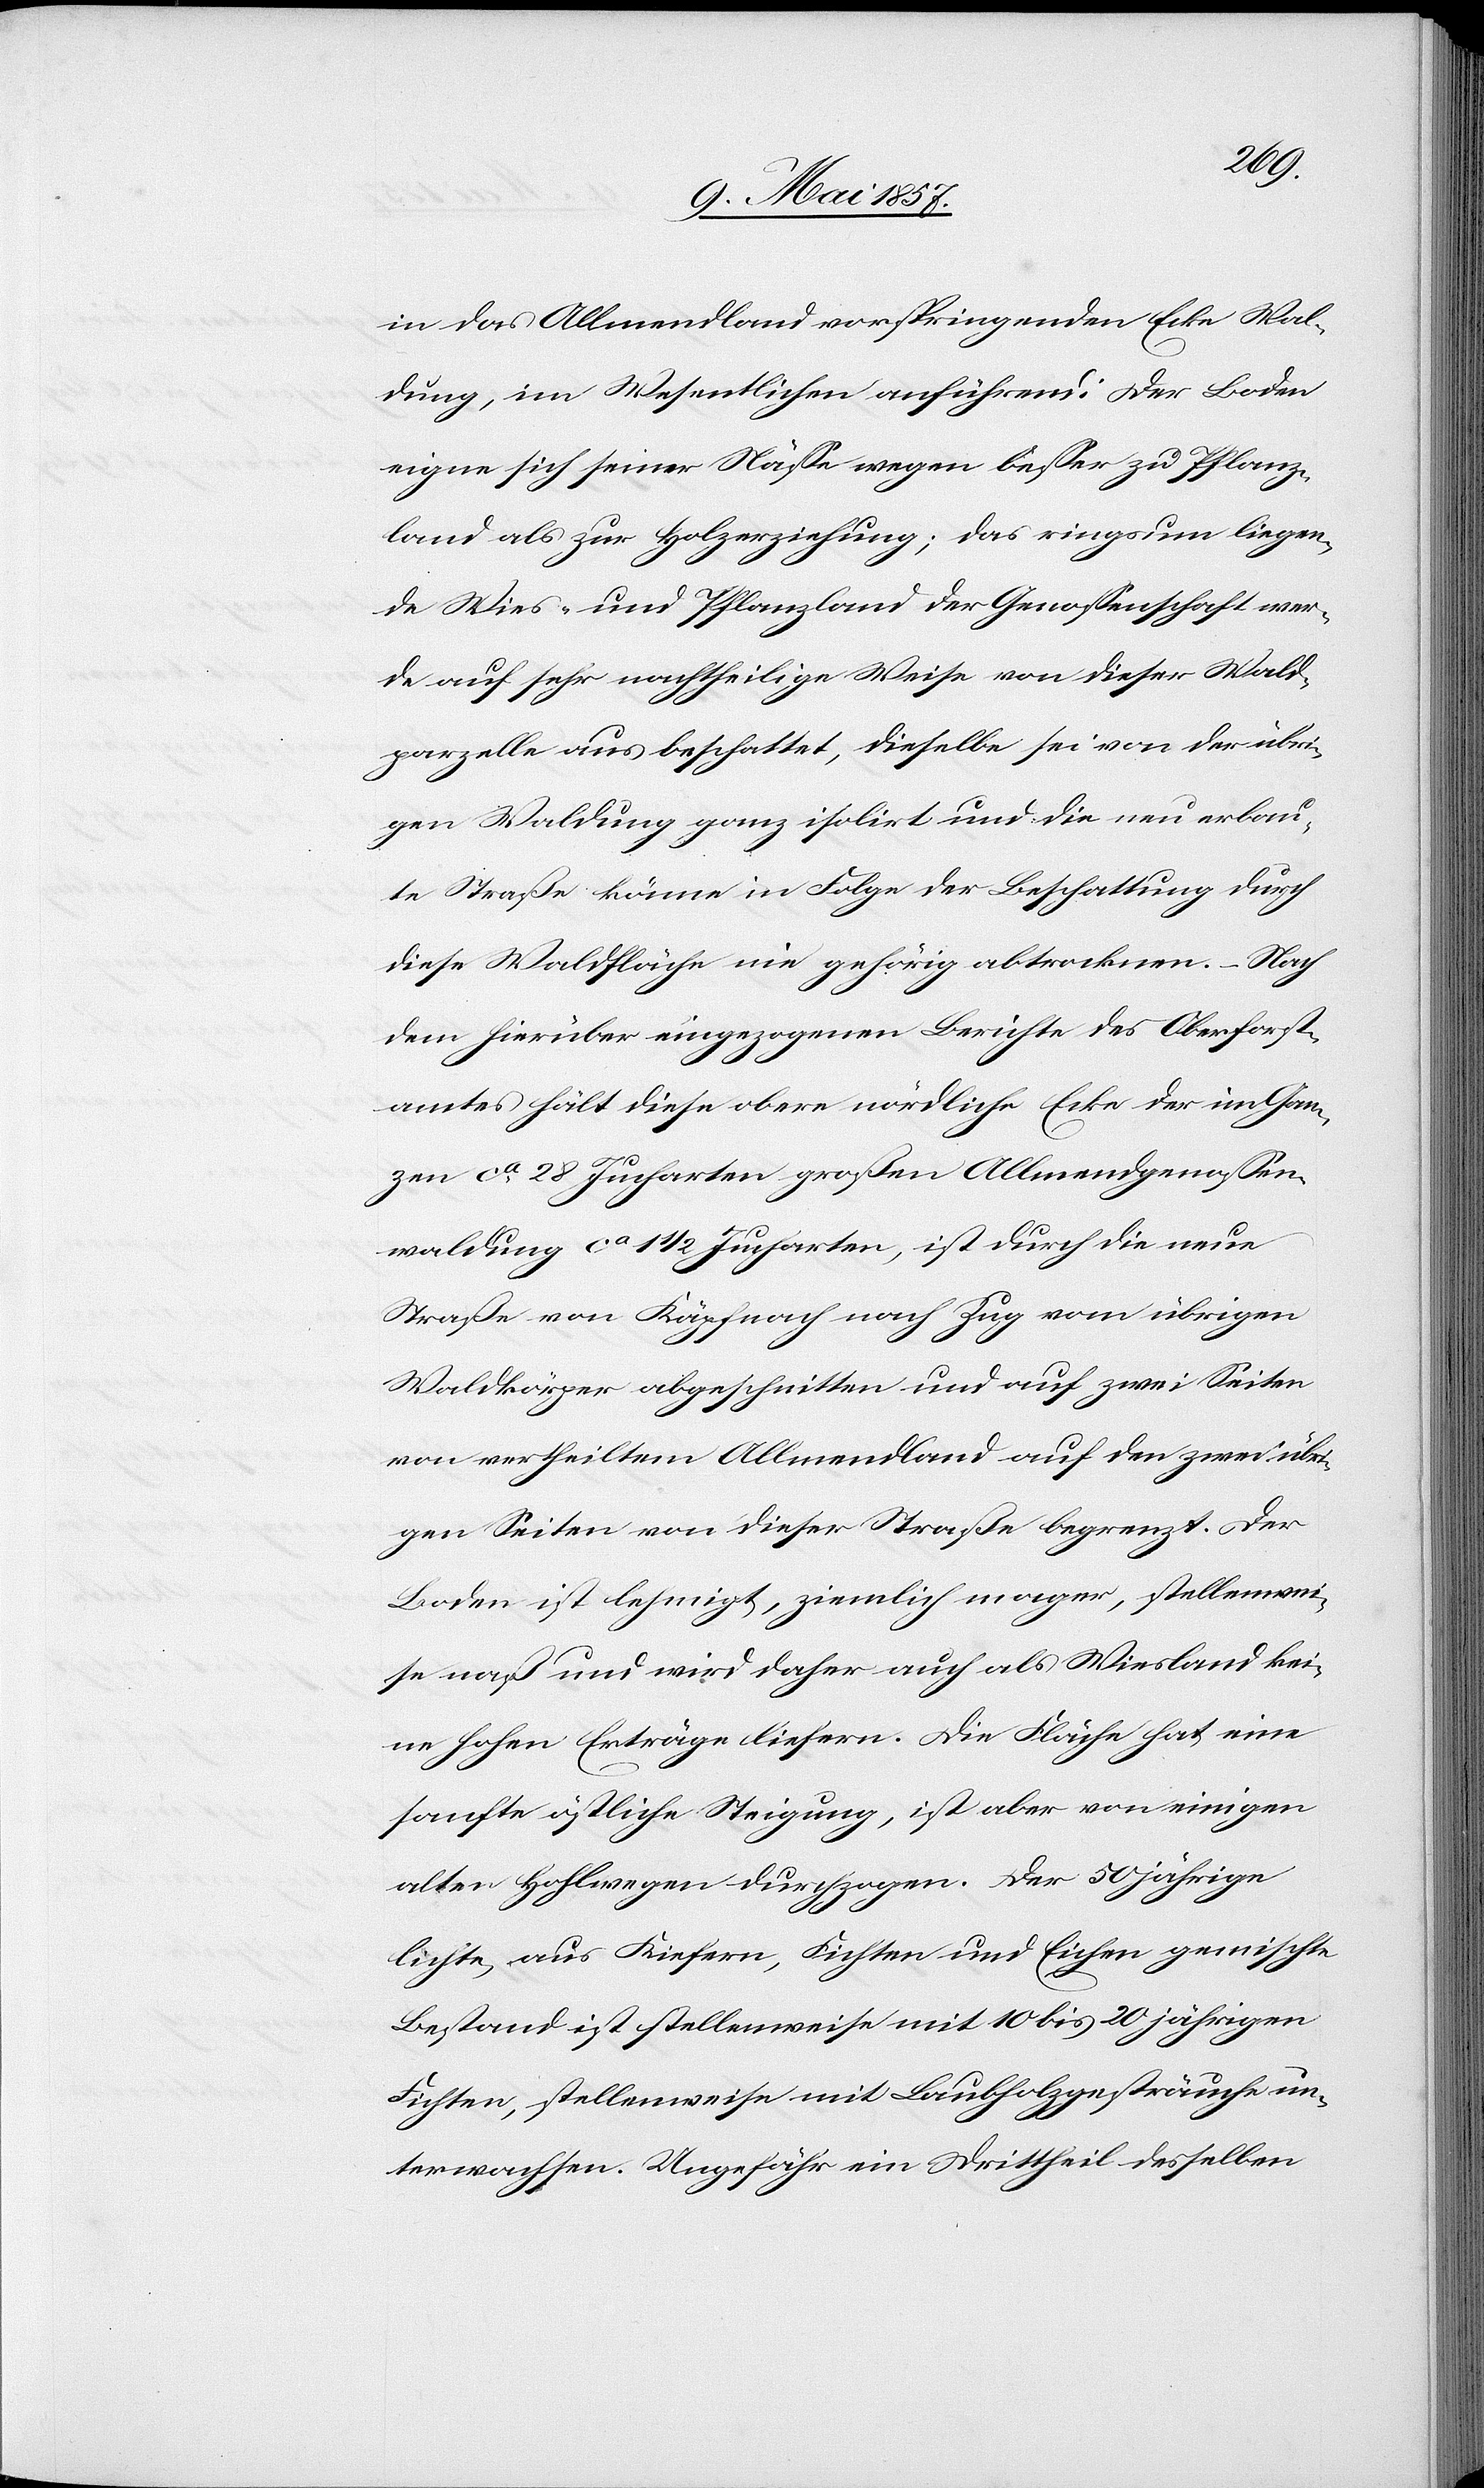
in das Allmendland vorspringenden Ecke Wal¬
dung, im Wesentlichen anführend: Der Boden
eigne sich seiner Nässe wegen besser zu Pflanz¬
land als zur Holzerziehung; das ringsum liegen¬
de Wies- und Pflanzland der Genossenschaft wer¬
de auf sehr nachtheilige Weise von dieser Wald¬
parzelle aus beschattet, dieselbe sei von der übri¬
gen Waldung ganz isolirt und die neu erbau¬
te Straße könne in Folge der Beschattung durch
diese Waldfläche nie gehörig abtrocknen. – Nach
dem hierüber eingezogenen Berichte des Oberforst¬
amtes hält diese obere nördliche Ecke der im Gan¬
zen ca 28 Jucharten großen Allmendgenossen¬
waldung ca 1 1/2 Jucharten, ist durch die neue
Straße von Käpfnach nach Zug vom übrigen
Waldkörper abgeschnitten und auf zwei Seiten
von vertheiltem Allmendland auf den zwei übr¬
igen Seiten von dieser Straße begrenzt. Der
Boden ist lehmigt [sic!], ziemlich mager, stellenwei¬
se naß und wird daher auch als Wiesland kei¬
ne hohen Erträge liefern. Die Fläche hat eine
sanfte östliche Steigung, ist aber von einigen
alten Holzwegen durchzogen. Der 50 jährige
lichte, aus Kiefern, Fichten und Eichen gemischte
Bestand ist stellenweise mit 10 bis 20 jährigen
Fichten, stellenweise mit Laubholzgesträuche un¬
terwachsen. Ungefähr ein Drittheil desselben